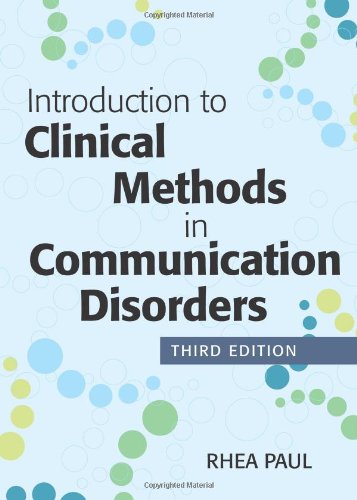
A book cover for Introduction to Clinical Methods in Communication Disorders, Third Edition; Medical Books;